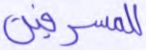
للمسرفين